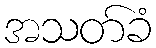
အသတ်ခံ